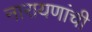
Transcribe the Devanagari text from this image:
नारायणांची